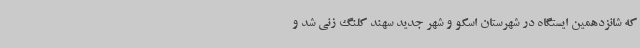
که شانزدهمین ایستگاه در شهرستان اسکو و شهر جدید سهند کلنگ زنی شد و